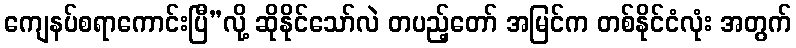
ကျေနပ်စရာကောင်းပြီ”လို့ ဆိုနိုင်သော်လဲ တပည့်တော် အမြင်က တစ်နိုင်ငံလုံး အတွက်